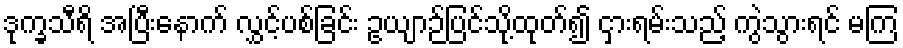
ဒုက္ခသီရိ အပြီးနောက် လွှင့်ပစ်ခြင်း ဥယျာဉ်ပြင်သို့ထုတ်၍ ငှားရမ်းသည့် ကွဲသွားရင် မကြ